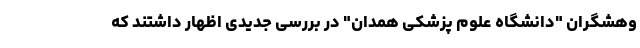
وهشگران "دانشگاه علوم پزشکی همدان" در بررسی جدیدی اظهار داشتند که